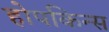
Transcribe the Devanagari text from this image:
होपकिन्स